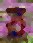
র